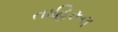
તાહિરૂલ